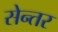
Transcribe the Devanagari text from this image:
सेन्तर